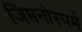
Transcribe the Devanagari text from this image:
जिमनोस्पर्म